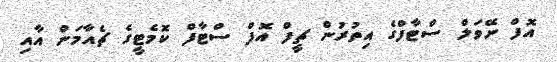
އޮފް ނޭވަލް ސްޓާފްގެ އިތުރުން ޗީފް އޮފް ސްޓާފް ކޮމެޓީގެ ޗެއާމަން އާއި